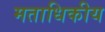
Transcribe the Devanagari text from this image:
मताधिकीय